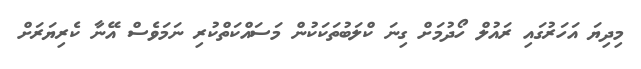
މިދިޔަ އަހަރުގައި ރައުލް ހޯދުމަށް ގިނަ ކްލަބުތަކަކުން މަސައްކަތްކުރި ނަމަވެސް އޭނާ ކެރިޔަރަށް